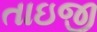
તાઇજી